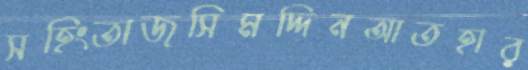
সহিংতাজসিমদ্দিনআতহার